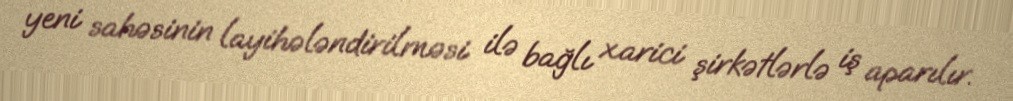
yeni sahəsinin layihələndirilməsi ilə bağlı xarici şirkətlərlə iş aparılır.